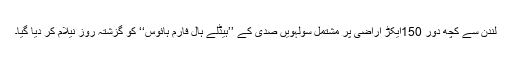
لندن سے کچھ دور 150ایکڑ اراضی پر مشتمل سولہویں صدی کے ’’ہیڈلے ہال فارم ہائوس‘‘ کو گزشتہ روز نیلام کر دیا گیا۔